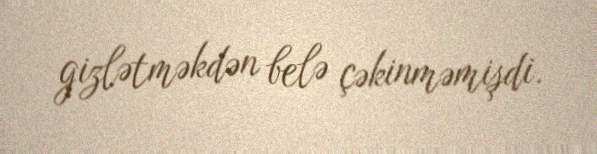
gizlətməkdən belə çəkinməmişdi.